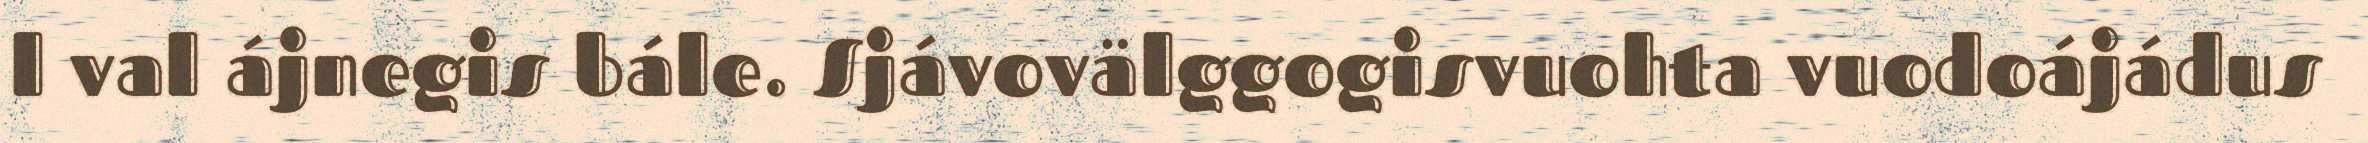
l val ájnegis bále. Sjávovälggogisvuohta vuodoájádus